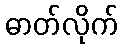
ဓာတ်လိုက်